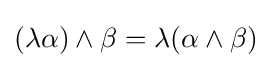
(\lambda \alpha )\wedge \beta =\lambda (\alpha \wedge \beta )